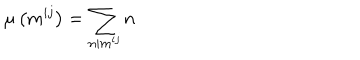
\mu \left( m ^ { i j } \right) = \sum _ { n | m ^ { i j } } n